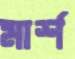
মার্শ